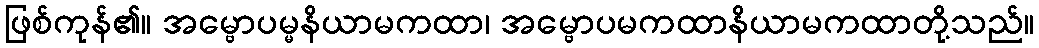
ဖြစ်ကုန်၏။ အမ္ဗောပမ္မနိယာမကထာ၊ အမ္ဗောပမကထာနိယာမကထာတို့သည်။